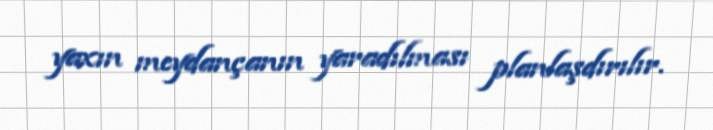
yaxın meydançanın yaradılması planlaşdırılır.